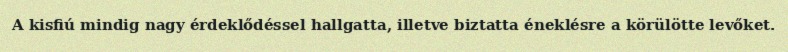
A kisfiú mindig nagy érdeklődéssel hallgatta, illetve biztatta éneklésre a körülötte levőket.